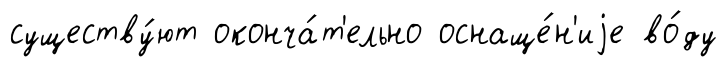
существу́ют оконча́т'ельно оснаще́н'иjе во́ду